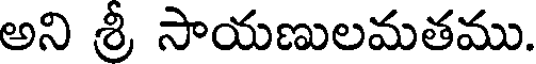
అని శ్రీ సాయణులమతము.